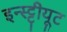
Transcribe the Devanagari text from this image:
इन्स्ट्टीयूट